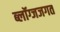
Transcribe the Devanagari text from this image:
ब्लॉग्जजगत